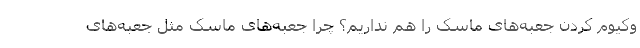
وکیوم کردن جعبه‌های ماسک را هم نداریم؟ چرا جعبه‌های ماسک مثل جعبه‌های